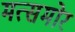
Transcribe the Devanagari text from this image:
मत्समोर